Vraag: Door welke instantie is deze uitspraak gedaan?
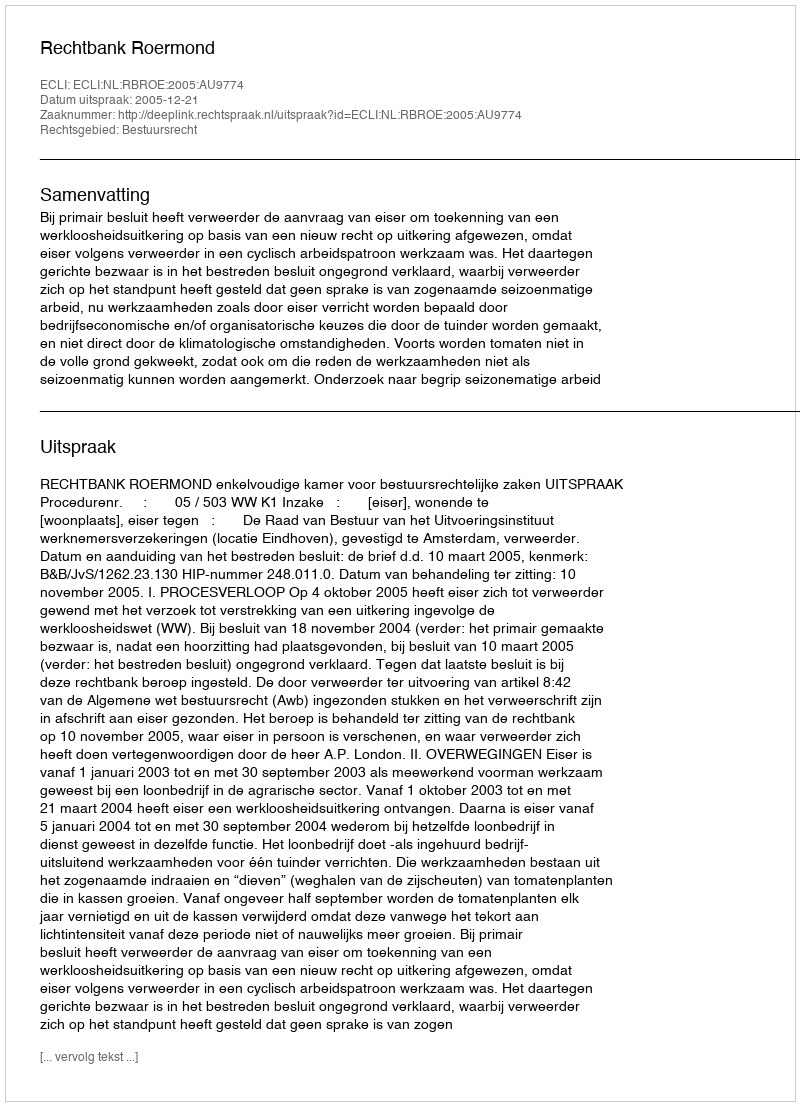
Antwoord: Rechtbank Roermond